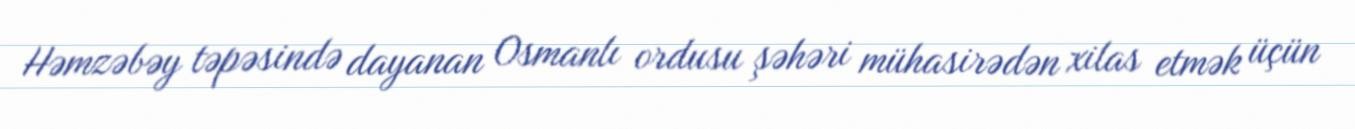
Həmzəbəy təpəsində dayanan Osmanlı ordusu şəhəri mühasirədən xilas etmək üçün